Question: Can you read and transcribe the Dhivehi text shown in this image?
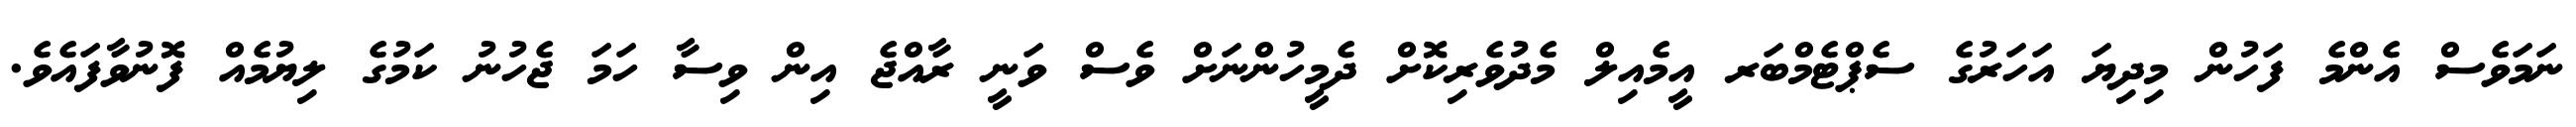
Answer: ނަމަވެސް އެންމެ ފަހުން މިދިޔަ އަހަރުގެ ސެޕްޓެމްބަރ އީމެއިލް މެދުވެރިކޮށް ދެމީހުންނަށް ވެސް ވަނީ ރާއްޖެ އިން ވިސާ ހަމަ ޖެހުނު ކަމުގެ ލިޔުމެއް ފޮނުވާފައެވެ.